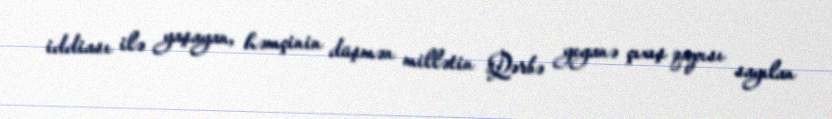
iddiası ilə yaşayan, həmçinin düşmən millətin Qərbə yeganə çıxış qapısı sayılan